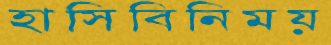
হাসিবিনিময়